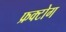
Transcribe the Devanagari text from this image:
फ्रक्टोग